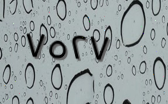
٧٥٢٧